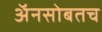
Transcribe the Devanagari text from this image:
अॅनसोबतच